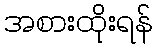
အစားထိုးရန်